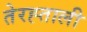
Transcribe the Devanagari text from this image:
तेरह्ताली